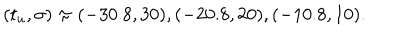
( t _ { u } , \sigma ) \approx ( - 3 0 . 8 , 3 0 ) , ( - 2 0 . 8 , 2 0 ) , ( - 1 0 . 8 , 1 0 ) .